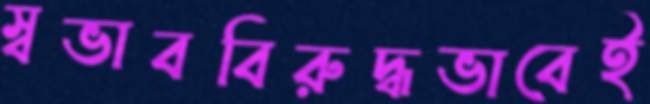
স্বভাববিরুদ্ধভাবেই